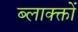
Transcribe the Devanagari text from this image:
ब्लाक्क्तों